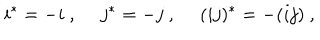
i ^ { * } = - i ~ , ~ ~ j ^ { * } = - j ~ , ~ ~ ( i j ) ^ { * } = - ( i j ) ~ ,